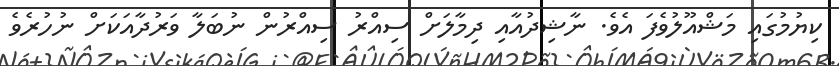
ކިޔުމުގައި މަޝްއޫލުވެފަ އެވެ. ނާޝިދުއާއި ދިމާލަށް ސިއްރު ސިއްރުން ނުބަލާ ވަރުދާއަކަށް ނުހުރެވެ